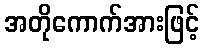
အတိုကောက်အားဖြင့်